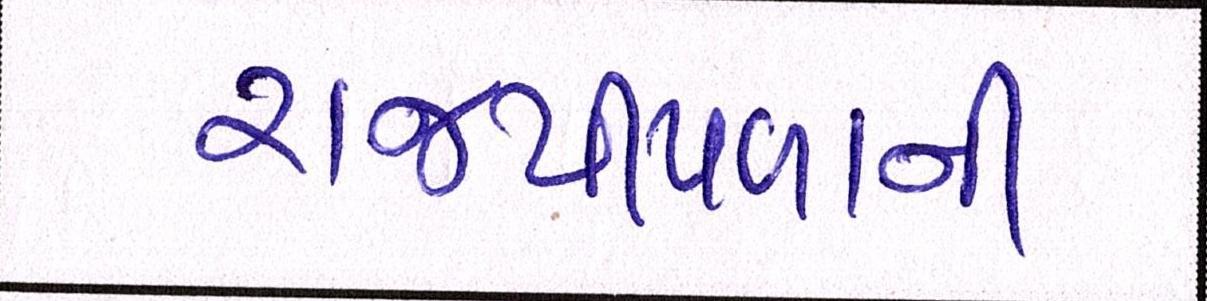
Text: રાજપીપળાની